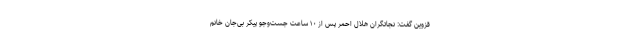
قزوین گفت: نجاتگران هلال احمر پس از ۱۰ ساعت جست‌وجو پیکر بی‌جان خانم